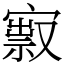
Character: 㝮